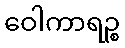
ဝေါကာရဉ္စ